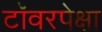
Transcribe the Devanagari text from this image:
टॉवरपेक्षा